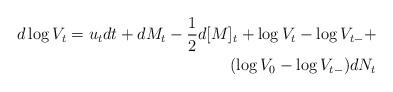
LaTeX: \begin{align*} d\log V_t=u_t dt+dM_t-\frac{1}{2}d[M]_t+\log V_t-\log V_{t-}+\\ (\log V_0-\log V_{t-})dN_t\end{align*}